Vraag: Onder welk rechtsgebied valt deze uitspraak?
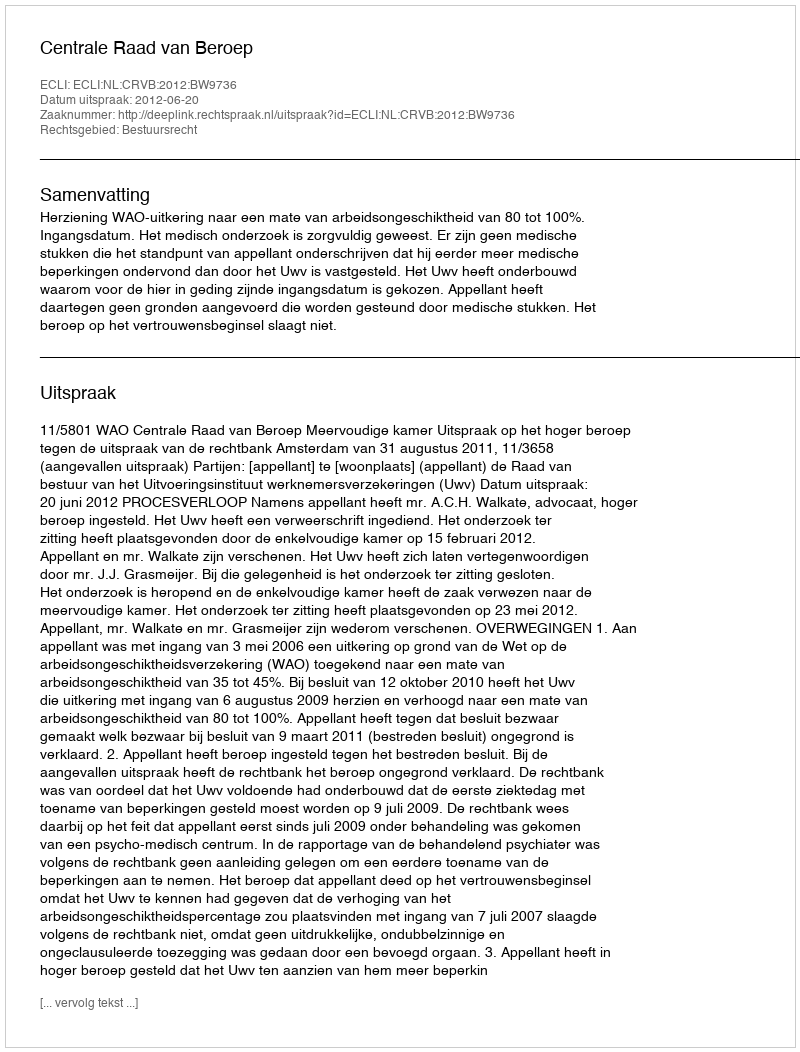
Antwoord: Bestuursrecht